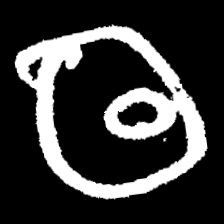
Pyu character \u2014 Myanmar letter: ထ (romanized: tha)